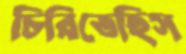
চিরিতেছিস